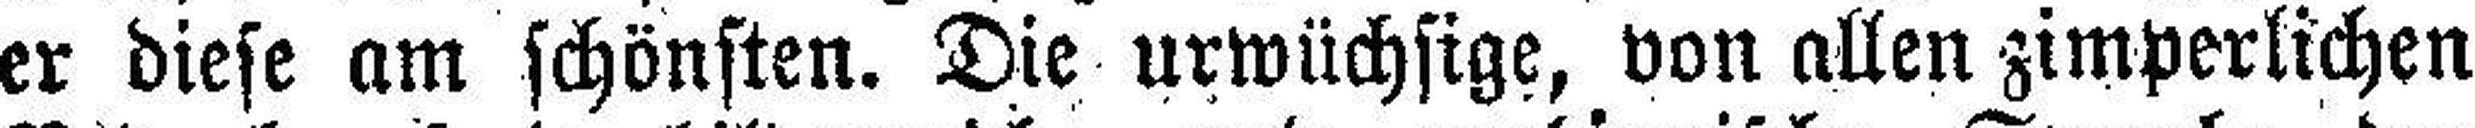
er diese am schönsten. Die urwüchsige, von allen zimperlichen